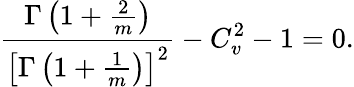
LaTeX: \frac{\Gamma\left(1+\frac{2}{m}\right)}{\left[\Gamma\left(1+\frac{1}{m}\right)\right]^{2}}-C_{v}^{2}-1=0.